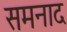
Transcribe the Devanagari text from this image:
समनाद